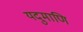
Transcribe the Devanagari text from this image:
यदुमाणि